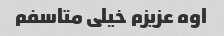
اوه عزیزم خیلی متاسفم